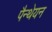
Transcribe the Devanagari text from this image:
पैन्थेयन